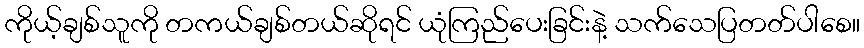
ကိုယ့်ချစ်သူကို တကယ်ချစ်တယ်ဆိုရင် ယုံကြည်ပေးခြင်းနဲ့ သက်သေပြတတ်ပါစေ။